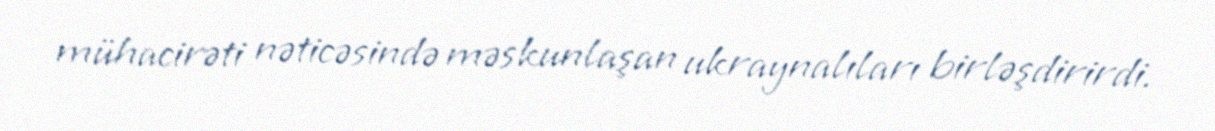
mühacirəti nəticəsində məskunlaşan ukraynalıları birləşdirirdi.